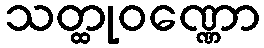
သတ္ထုဝဏ္ဏော